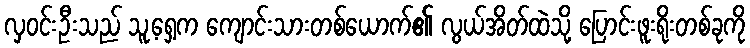
လှဝင်းဦးသည် သူ့ရှေ့က ကျောင်းသားတစ်ယောက်၏ လွယ်အိတ်ထဲသို့ ပြောင်းဖူးရိုးတစ်ခုကို